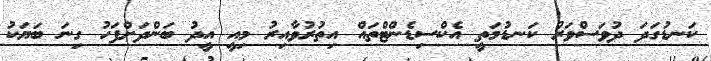
ކަނޑުގަދަ ދުވަސްވަރު ކަނޑުމަތީ އެކްސިޑެންޓްތައް އިތުރުވާއިރު މިއީ އީދު ބަންދަށްފަހު ގިނަ ބަޔަކު